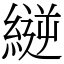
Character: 縌